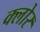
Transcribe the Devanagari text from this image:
क्लोर